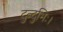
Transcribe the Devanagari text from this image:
दुन्दुभिः।